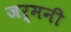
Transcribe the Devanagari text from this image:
जर्मनी